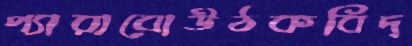
প্যারাবোউঠকবিদ্